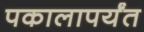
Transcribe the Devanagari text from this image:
पकालापर्यंत